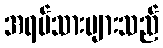
အရပ်သားများသည်